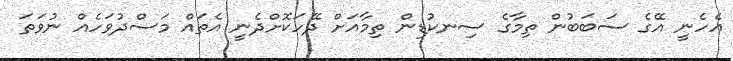
އެހެނީ އޭގެ ސަބަބުން ތިމާގެ ސިނކުޑިން ތިމާއަށް ދޭހަކޮށްދެނީ އެތައް މަސްދުވަހެއް ނުވަތަ